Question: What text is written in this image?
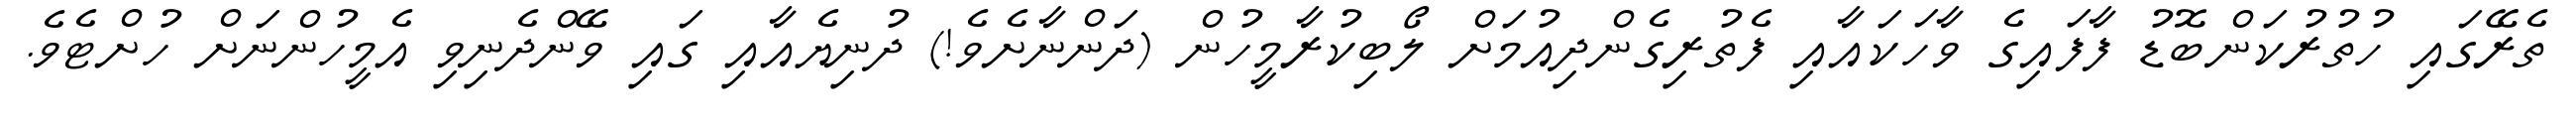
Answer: ތެރޭގައި ހުތުރުކަންބޮޑު ފާފައިގެ ވާހަކައާއި ފެތުރިގެންދިއުމަށް ލޯބިކުރާމީހުން (ދަންނާށެވެ!) ދުނިޔެއާއި ގައި ވޭންދެނިވި އެމީހުންނަށް ހުށްޓެވެ.